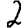
Digit: 2